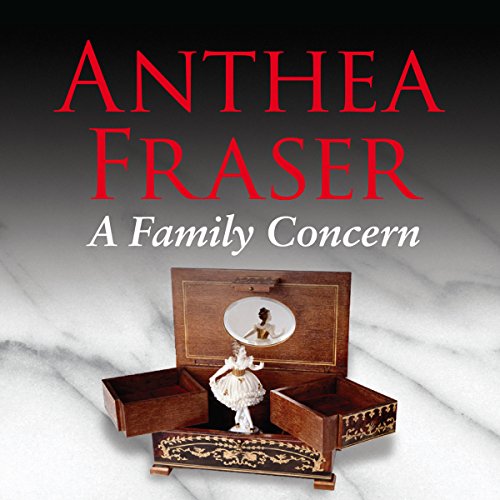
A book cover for A Family Concern; Anthea Fraser; Crafts, Hobbies & Home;